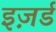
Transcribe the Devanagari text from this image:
इज़र्ड